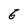
Character: 6